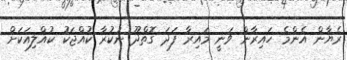
ރެޔާން އެންމެ ހައިރާން ވަނީ މައިރާ ފަދަ ގޮތްދޫ ނުކުރާ ކުއްޖަކު ކުއްލިއަކަށް